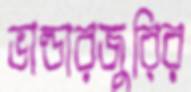
ভান্ডারজুরির